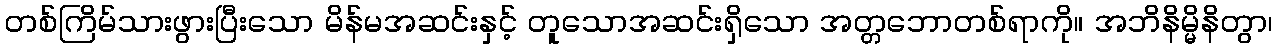
တစ်ကြိမ်သားဖွားပြီးသော မိန်မအဆင်းနှင့် တူသောအဆင်းရှိသော အတ္တဘောတစ်ရာကို။ အဘိနိမ္မိနိတွာ၊